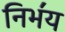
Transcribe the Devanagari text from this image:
निभ॔य